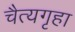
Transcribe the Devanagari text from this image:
चैत्यगृहा